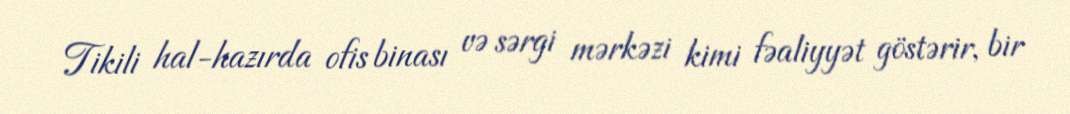
Tikili hal-hazırda ofis binası və sərgi mərkəzi kimi fəaliyyət göstərir, bir